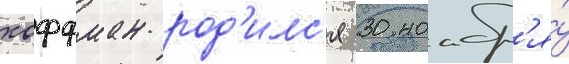
хоффман род'илс'я 30 ноабр'я́